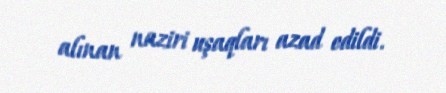
alınan naziri uşaqları azad edildi.